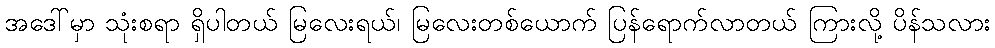
အဒေါ်မှာ သုံးစရာ ရှိပါတယ် မြလေးရယ်၊ မြလေးတစ်ယောက် ပြန်ရောက်လာတယ် ကြားလို့ ပိန်သလား